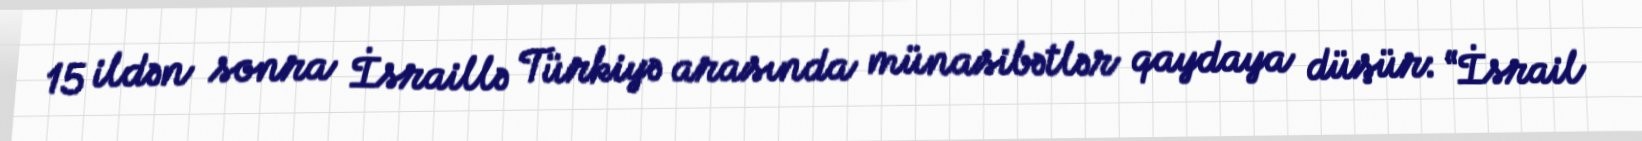
15 ildən sonra İsraillə Türkiyə arasında münasibətlər qaydaya düşür: “İsrail